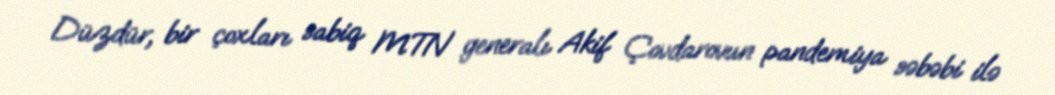
Düzdür, bir çoxları sabiq MTN generalı Akif Çovdarovun pandemiya səbəbi ilə